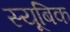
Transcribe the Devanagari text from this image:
स्यूबिक